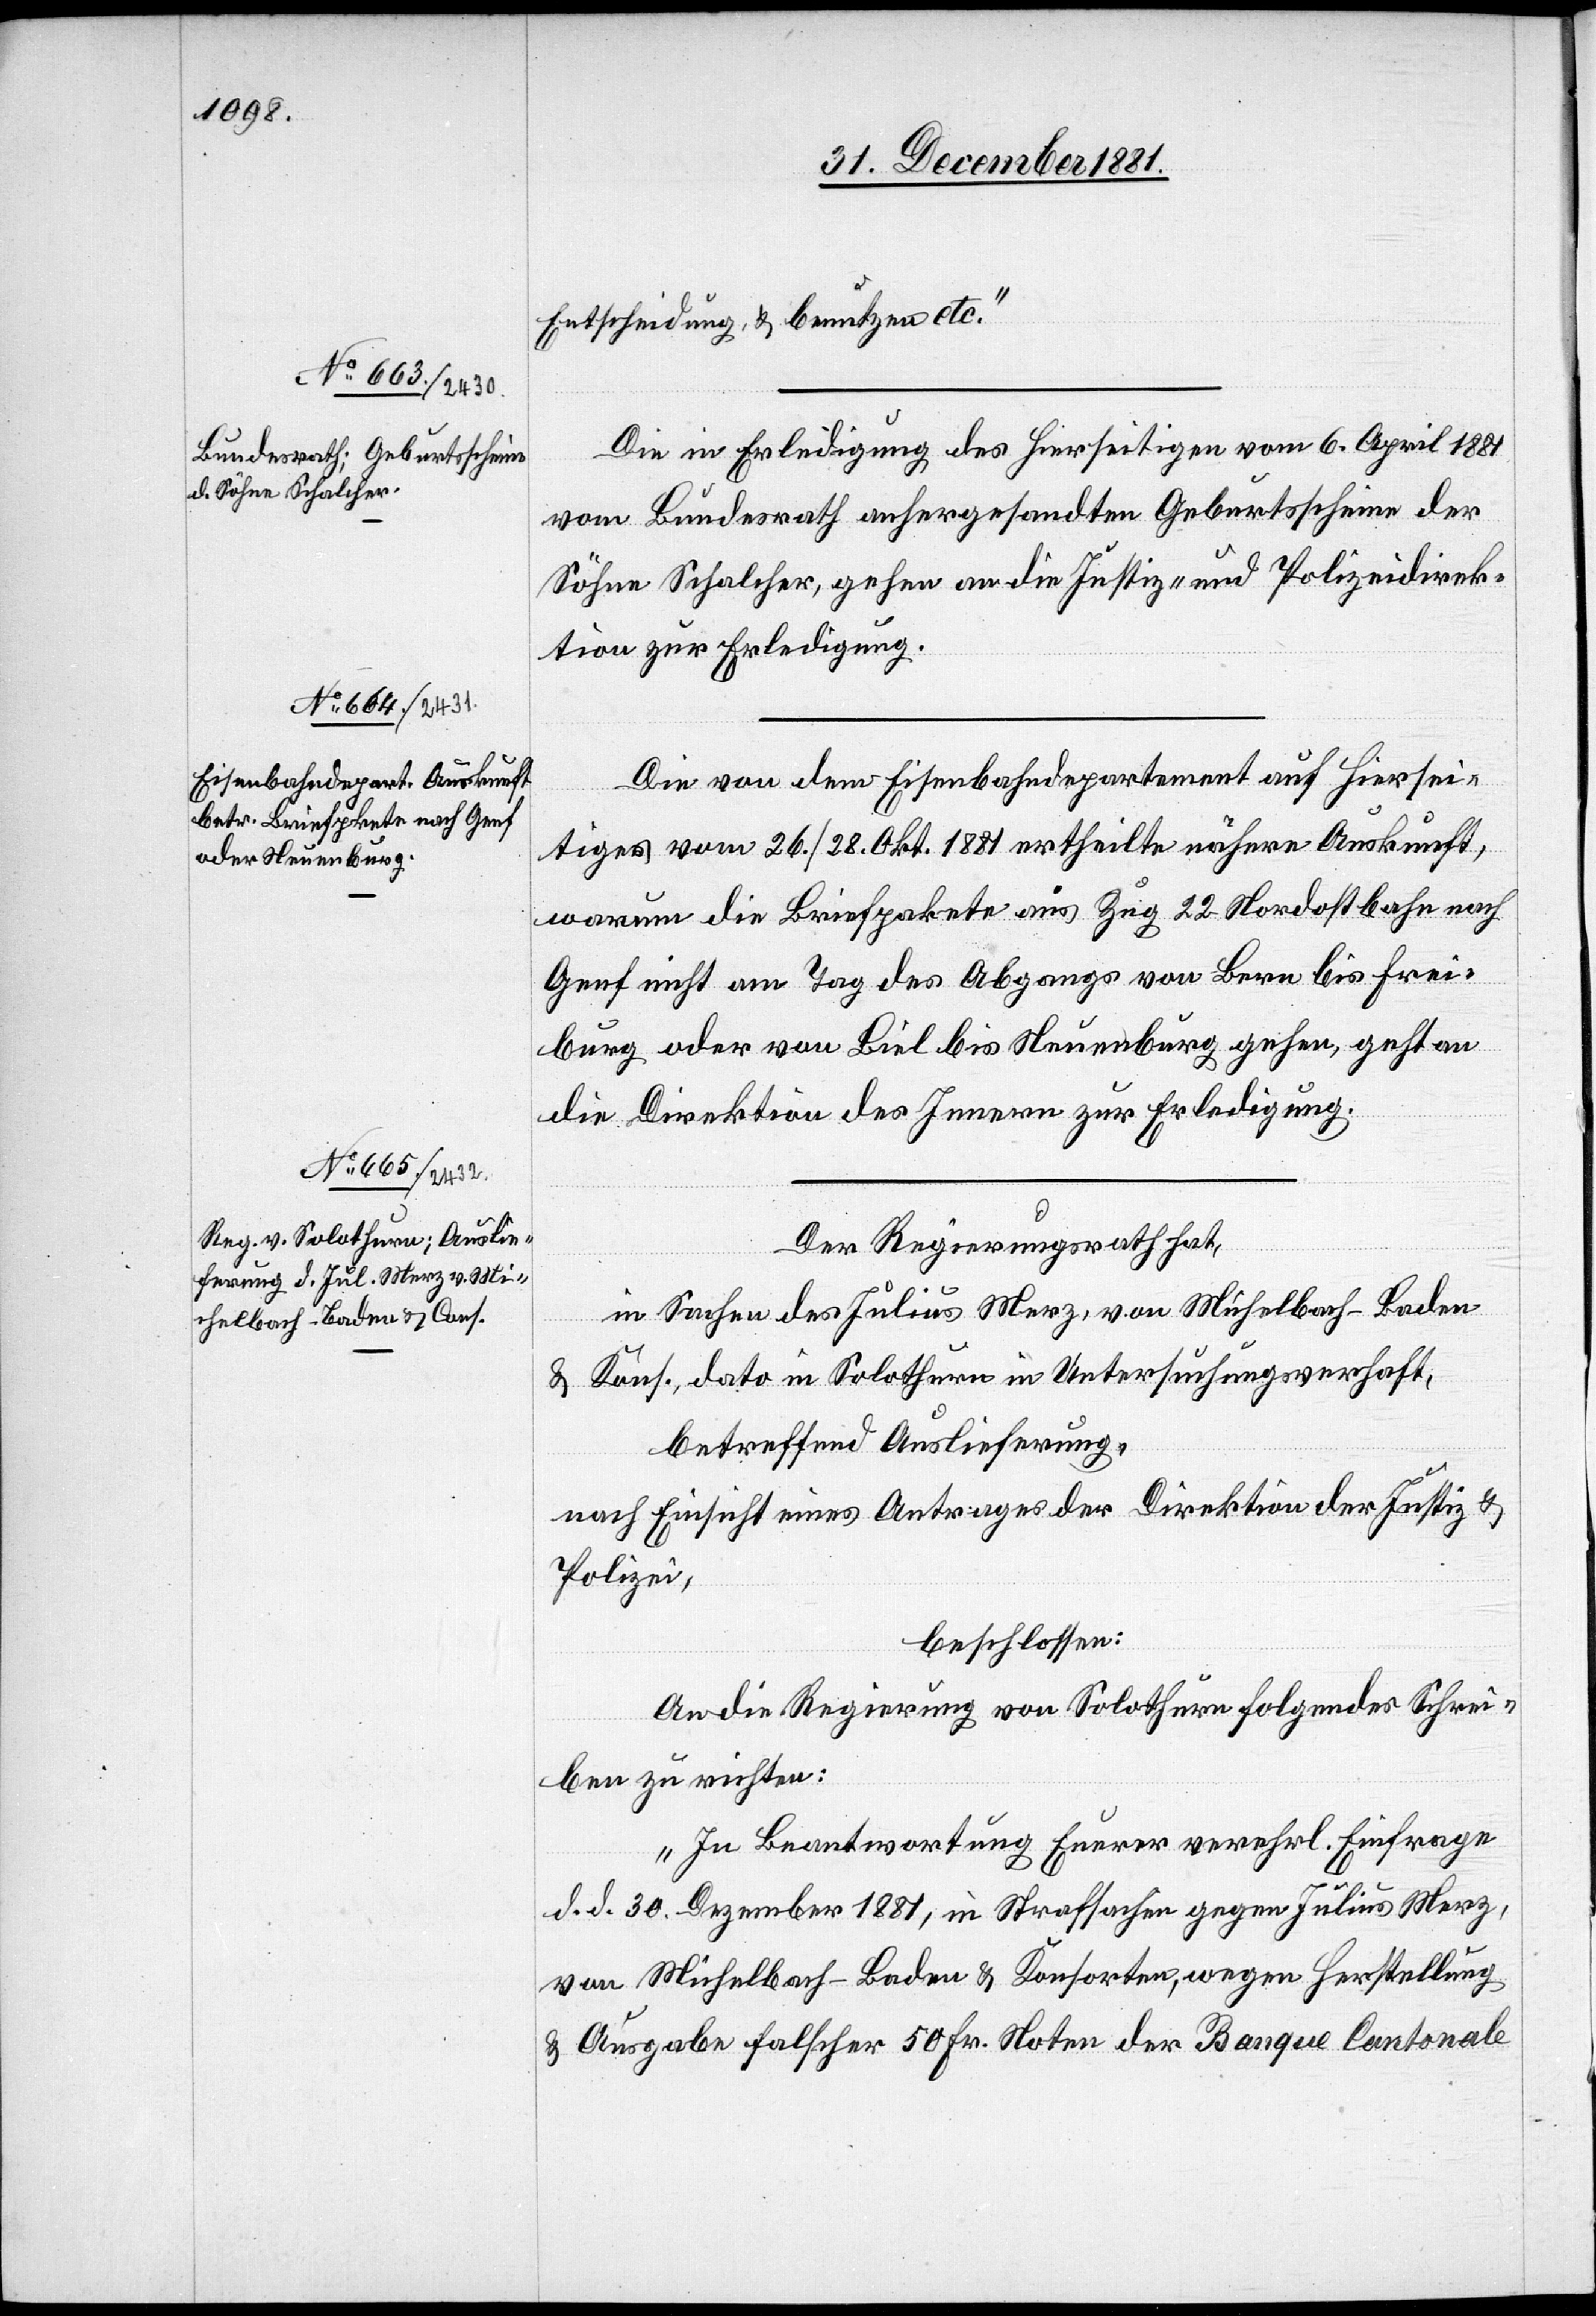
Entscheidung, & benutzen etc.“
Die in Erledigung des hierseitigen vom 6. April 1881
vom Bundesrath anhergesandten Geburtsscheine der
Söhne Schalcher, gehen an die Justiz- & Polizeidirek¬
tion zur Erledigung.
Die von dem Eisenbahndepartement auf hiersei¬
tiges vom 26./28. Okt. 1881 ertheilte nähere Auskunft,
warum die Briefpakete aus Zug 22 Nordostbahn nach
Genf nicht am Tag des Abgangs von Bern bis Frei¬
burg oder von Biel bis Neuenburg gehen, geht an
die Direktion des Innern zur Erledigung.
Der Regierungsrath hat,
in Sachen des Julius Merz, von Michelbach - Baden
& Kons, dato in Solothurn in Untersuchungsverhaft,
betreffend Auslieferung,
nach Einsicht eines Antrages der Direktion der Justiz &
Polizei,
beschlossen:
An die Regierung von Solothurn folgendes Schrei¬
ben zu richten:
„In Beantwortung Euerer verehrl. Einfrage
d. d. 30. Dezember 1881, in Strafsachen gegen Julius Merz,
von Michelbach - Baden & Konsorten, wegen Herstellung
& Ausgabe falscher 50 Fr. Noten der Banque Cantonale